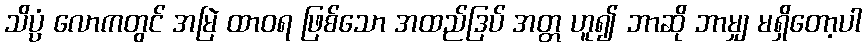
သိပ္ပံ လောကတွင် အမြဲ ထာဝရ ဖြစ်သော အထည်ဒြပ် အတ္တ ဟူ၍ ဘာဆို ဘာမျှ မရှိတော့ပါ